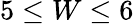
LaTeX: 5\le W\le 6